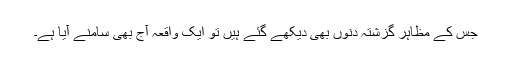
جس کے مظاہر گزشتہ دنوں بھی دیکھے گئے ہیں تو ایک واقعہ آج بھی سامنے آیا ہے۔